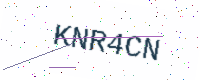
Text: KNR4CN